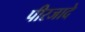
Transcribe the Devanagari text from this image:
पीरजादे